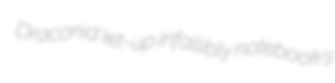
Draconid let-up infallibly notebook's